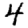
Digit: 4